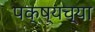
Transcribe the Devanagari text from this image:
पक्ष्यच्या